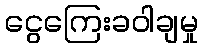
ငွေကြေးခဝါချမှု